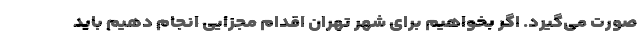
صورت می‌گیرد. اگر بخواهیم برای شهر تهران اقدام مجزایی انجام دهیم باید